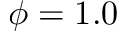
\phi = 1 . 0